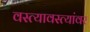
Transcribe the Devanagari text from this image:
वस्त्यावस्त्यांवर